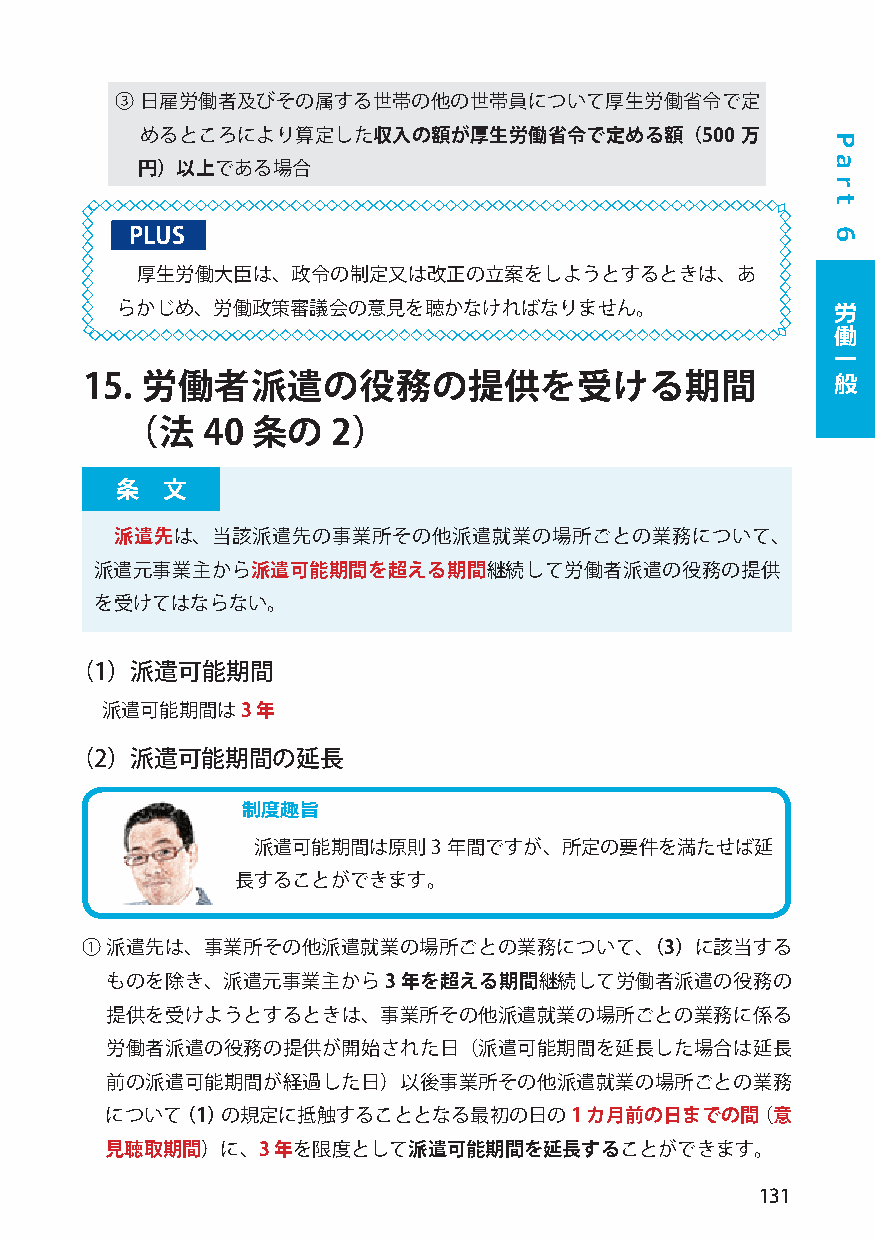
③ 日雇労働者及びその属する世帯の他の世帯員について厚生労働省令で定
 めるところにより算定した収入の額が厚生労働省令で定める額（500        万
 円）以上である場合
 PLUS
 厚生労働大臣は、政令の制定又は改正の立案をしようとするときは、あ
 らかじめ、労働政策審議会の意見を聴かなければなりません。                   労
 働
 一
 般
 15. 労働者派遣の役務の提供を受ける期間
 （  法 40  条の   2）
 条  文
 派遣先は、当該派遣先の事業所その他派遣就業の場所ごとの業務について、
 派遣元事業主から派遣可能期間を超える期間継続して労働者派遣の役務の提供
 を受けてはならない。
 （1）派遣可能期間
 派遣可能期間は3  年
 （2）派遣可能期間の延長
 制度趣旨
 派遣可能期間は原則3   年間ですが、所定の要件を満たせば延
 長することができます。
 ① 派遣先は、事業所その他派遣就業の場所ごとの業務について、（3）に該当する
 ものを除き、派遣元事業主から3     年を超える期間継続して労働者派遣の役務の
 提供を受けようとするときは、事業所その他派遣就業の場所ごとの業務に係る
 労働者派遣の役務の提供が開始された日（派遣可能期間を延長した場合は延長
 前の派遣可能期間が経過した日）以後事業所その他派遣就業の場所ごとの業務
 について（1）の規定に抵触することとなる最初の日の1      カ月前の日までの間（意
 見聴取期間）に、3  年を限度として派遣可能期間を延長することができます。
 131
 P
 a
 r
 t
 6